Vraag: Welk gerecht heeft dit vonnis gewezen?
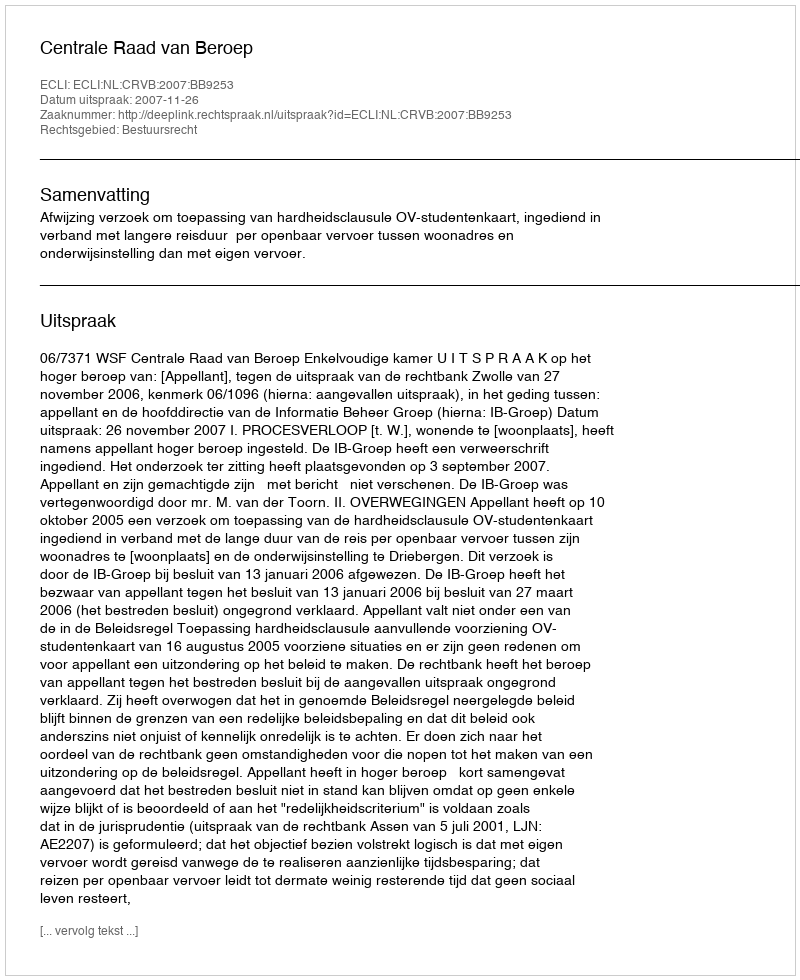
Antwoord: Centrale Raad van Beroep